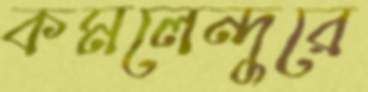
কমলেন্দুরে